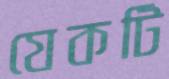
যেকটি